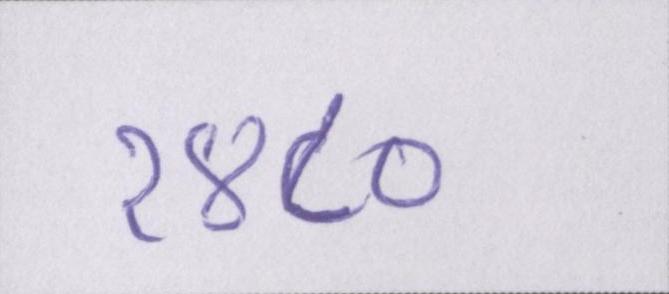
१४८०